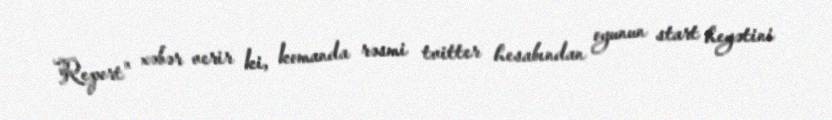
Report" xəbər verir ki, komanda rəsmi tvitter hesabından oyunun start heyətini